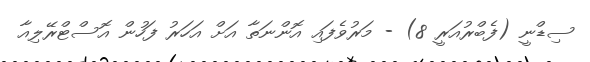
ސިޑްނީ (ފެބްރުއަރީ 8) - މަރުވެފައި އޮންނަތާ އަށް އަހަރު ފަހުން އޮސްޓްރޭލިއާ